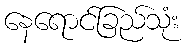
နေရောင်ခြည်သုံး